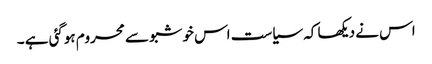
اس نے دیکھا کہ سیاست اس خوشبو سے محروم ہوگئی ہے ۔